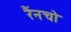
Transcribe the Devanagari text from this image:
रैंनचो